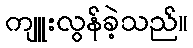
ကျူးလွန်ခဲ့သည်။